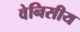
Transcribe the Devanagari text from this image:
वेनिसीय